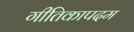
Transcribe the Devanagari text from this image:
गीतिकापदम